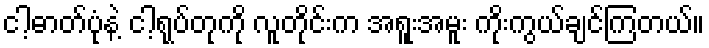
ငါ့ဓာတ်ပုံနဲ့ ငါ့ရုပ်တုကို လူတိုင်းက အရူးအမူး ကိုးကွယ်ချင်ကြတယ်။